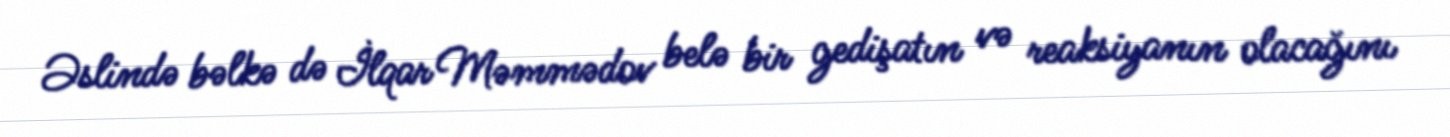
Əslində bəlkə də İlqar Məmmədov belə bir gedişatın və reaksiyanın olacağını